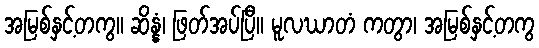
အမြစ်နှင့်တကွ။ ဆိန္နံ၊ ဖြတ်အပ်ပြီ။ မူလဃာတံ ကတွာ၊ အမြစ်နှင့်တကွ